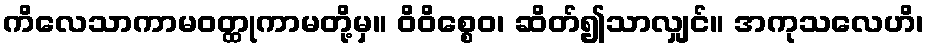
ကိလေသာကာမဝတ္ထုကာမတို့မှ။ ဝိဝိစ္စေဝ၊ ဆိတ်၍သာလျှင်။ အကုသလေဟိ၊